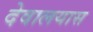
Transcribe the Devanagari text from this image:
देवालयास